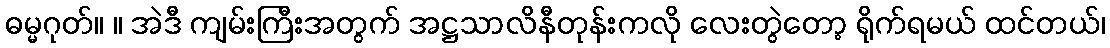
ဓမ္မဂုတ်။ ။ အဲဒီ ကျမ်းကြီးအတွက် အဋ္ဌသာလိနီတုန်းကလို လေးတွဲတော့ ရိုက်ရမယ် ထင်တယ်၊